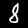
Digit: 8